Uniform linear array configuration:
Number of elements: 8
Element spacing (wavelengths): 0.75
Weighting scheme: hann
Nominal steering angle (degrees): -45
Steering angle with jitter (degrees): -46.05
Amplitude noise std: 0.05
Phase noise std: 0.05

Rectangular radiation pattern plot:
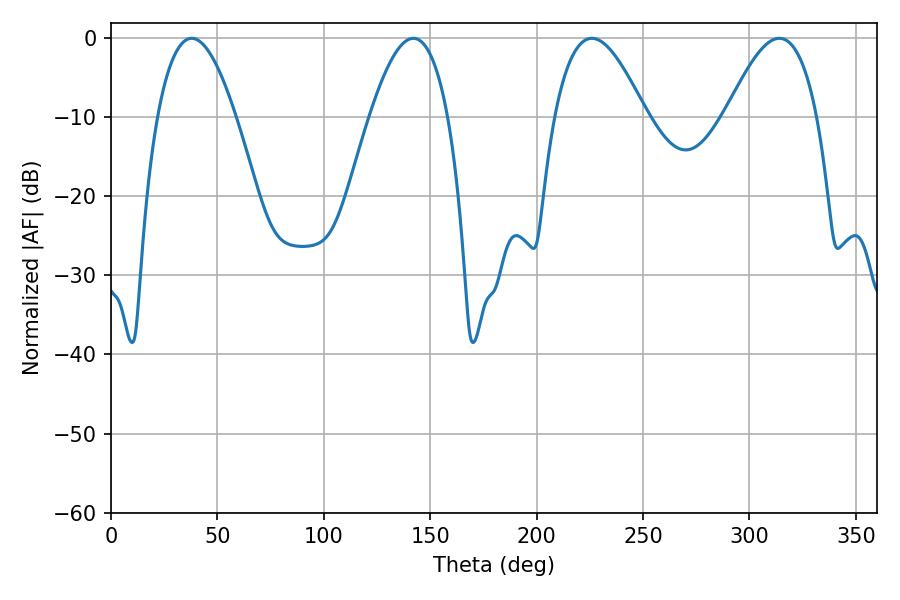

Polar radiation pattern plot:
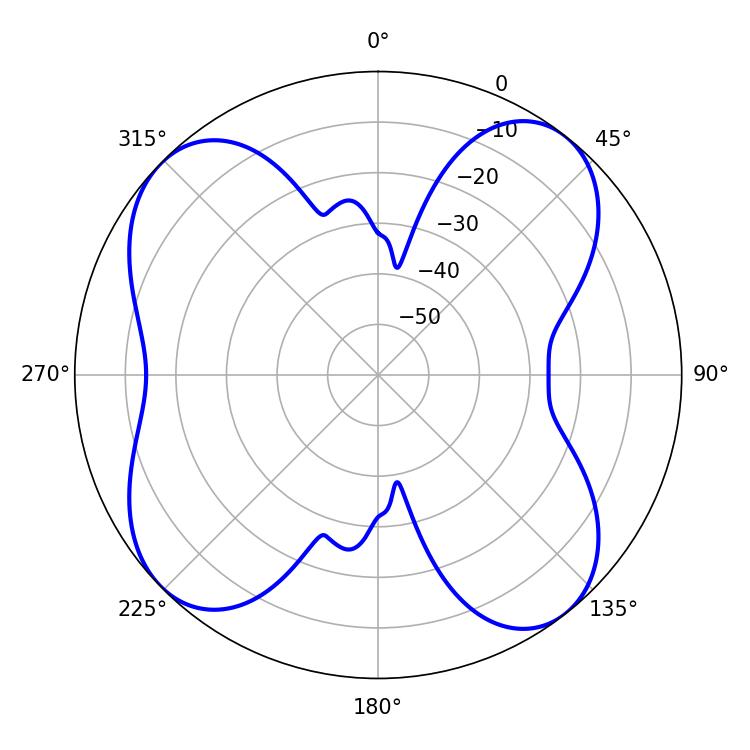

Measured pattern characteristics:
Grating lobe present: TRUE
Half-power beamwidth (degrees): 23.22
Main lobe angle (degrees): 225.9